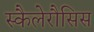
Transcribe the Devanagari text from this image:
स्कैलेरौसिस